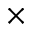
\times